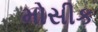
મોસીક